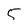
Character: 5